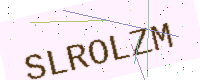
Text: SLROLZM